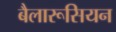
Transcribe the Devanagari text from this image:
बैलारूसियन